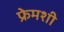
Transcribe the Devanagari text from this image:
फ्रेमशी